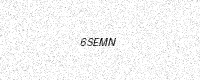
Text: 6SEMN